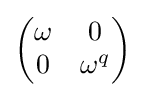
{\begin{pmatrix}\omega &0\\0&\omega ^{q}\end{pmatrix}}